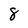
Character: 8